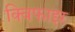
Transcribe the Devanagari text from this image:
क्विफाइर